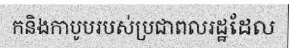
កនិងកាបូបរបស់ប្រជាពលរដ្ឋដែល